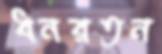
ধনরতন